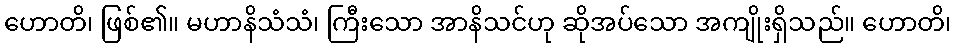
ဟောတိ၊ ဖြစ်၏။ မဟာနိသံသံ၊ ကြီးသော အာနိသင်ဟု ဆိုအပ်သော အကျိုးရှိသည်။ ဟောတိ၊